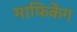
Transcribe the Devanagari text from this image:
माफिकेंग